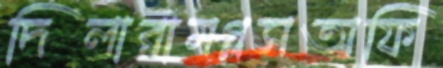
দিলারামগ্লসঅফি